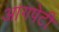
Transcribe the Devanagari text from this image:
आगपेटी